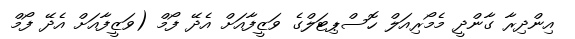
އިންދިރާ ގާންދީ މެމޯރިއަލް ހޮސްޕިޓަލްގެ ވަޒީފާއަށް އެދޭ ފޯމް (ވަޒީފާއަށް އެދޭ ފޯމް